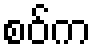
စဝ်က